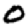
Digit: 0